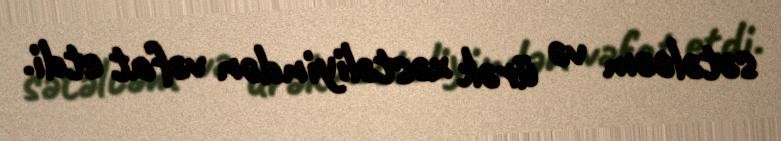
sətəlcəm və ürək xəstəliyindən vəfat etdi.